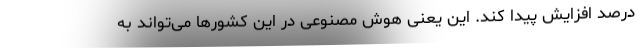
درصد افزایش پیدا کند. این یعنی هوش مصنوعی در این کشورها می‌تواند به